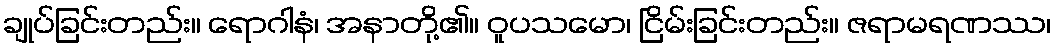
ချုပ်ခြင်းတည်း။ ရောဂါနံ၊ အနာတို့၏။ ဝူပသမော၊ ငြိမ်းခြင်းတည်း။ ဇရာမရဏဿ၊